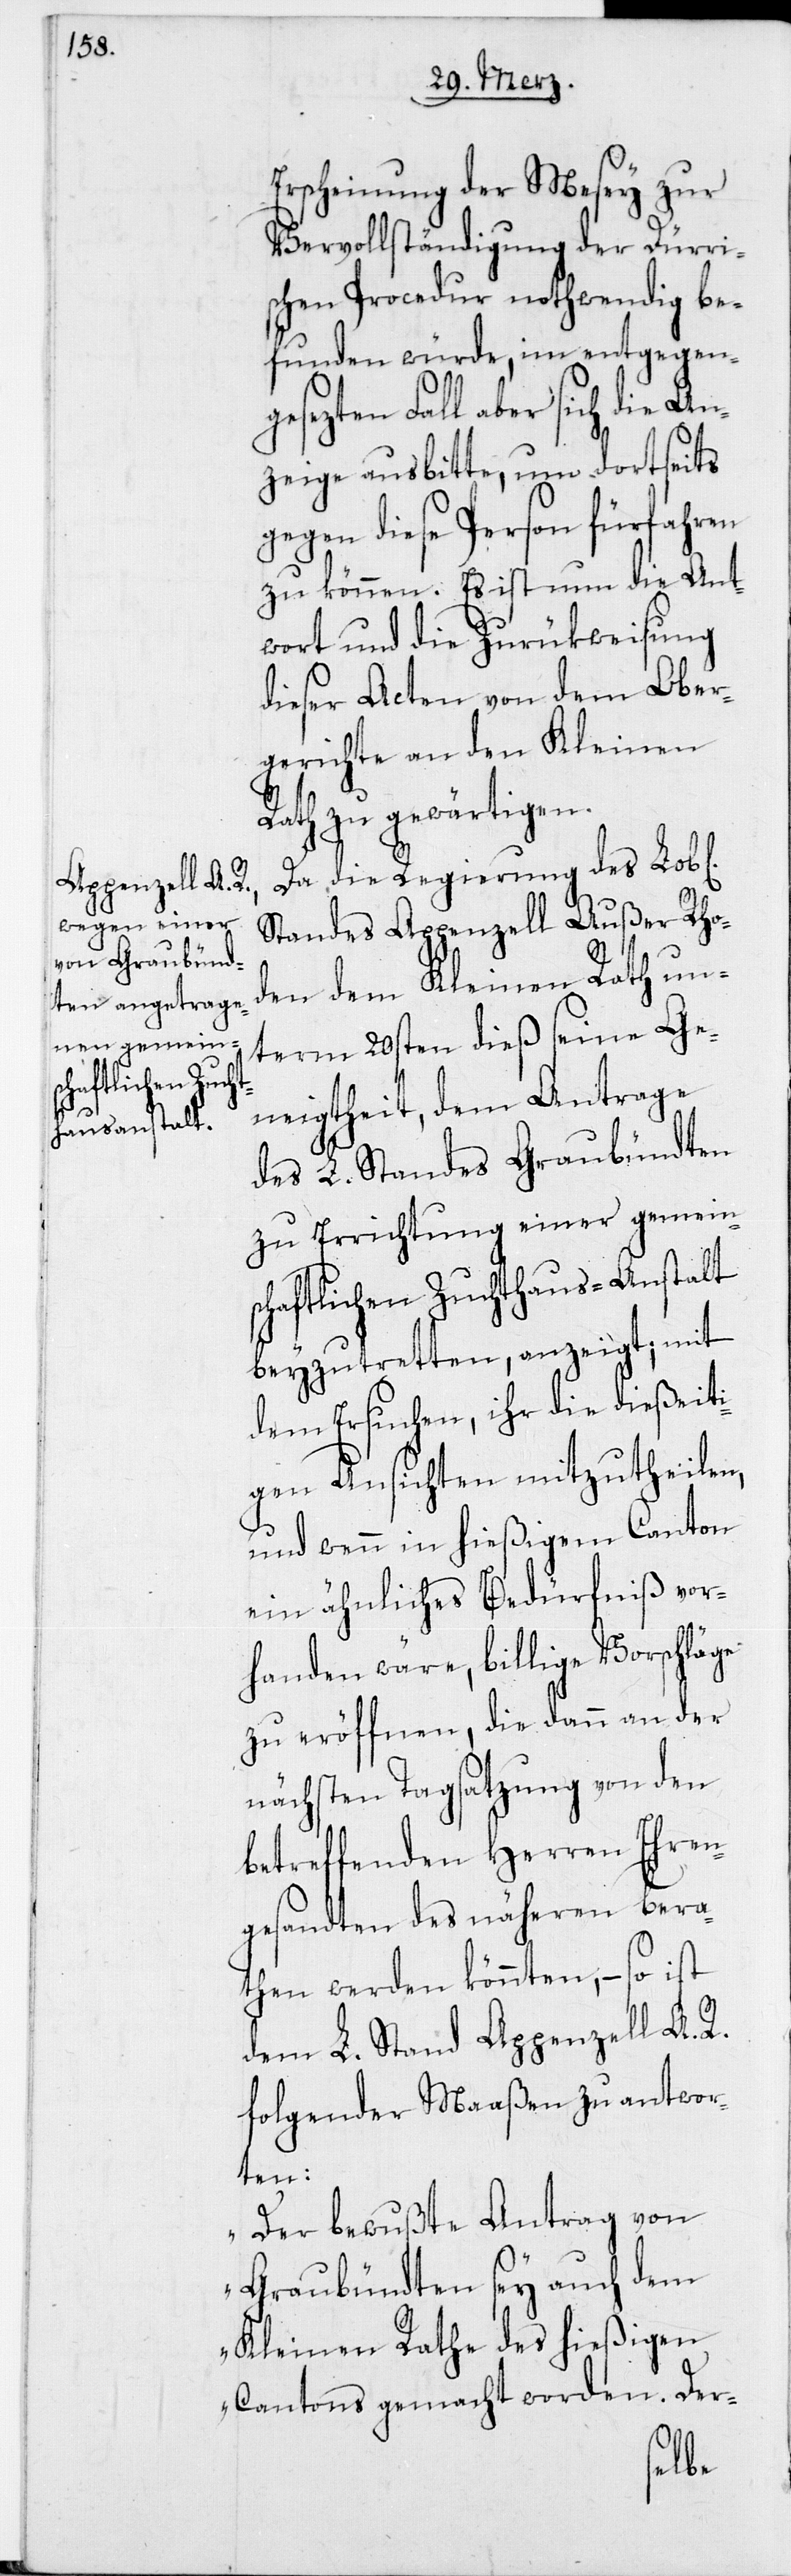
Erscheinung der Mesey zur
Vervollständigung der Dürri¬
schen Procedur nothwendig be¬
funden würde, im entgegeng¬
esezten Fall aber sich die An¬
zeige ausbitte, um dortseits
gegen diese Person fürfahren
zu können. Es ist um die Ant¬
wort und die Zurükweisung
dieser Acten von dem Ober¬
gerichte an den Kleinen
Rath zu gewärtigen.
Da die Regierung des Lob[l¬
Standes Appenzell Außer Rho¬
den dem Kleinen Rath un¬
term 20sten dieß seine Ge¬
neigtheit, dem Antrage
des L. Standes Graubündten
zu Errichtung einer gemein¬
schaftlichen Zuchthaus-Anstalt
beyzutretten, anzeigt; mit
dem Ersuchen, ihr die dießeiti¬
gen Ansichten mitzutheilen,
und wenn in hießigem Canton
ein ähnliches Bedürfniß vor¬
handen wäre, billige Vorschläge
zu eröffnen, die dann an der
nächsten Tagsatzung von den
betreffenden Herren Ehren¬
gesandten des näheren bera¬
then werden könnten, – so ist
dem L. Stand Appenzell A. R.
folgender Maaßen zu antwor¬
ten:
„Der bewußte Antrag von
Graubündten sey auch dem
Kleinen Rathe des hießigen
Cantons gemacht worden. Der-
ichen]